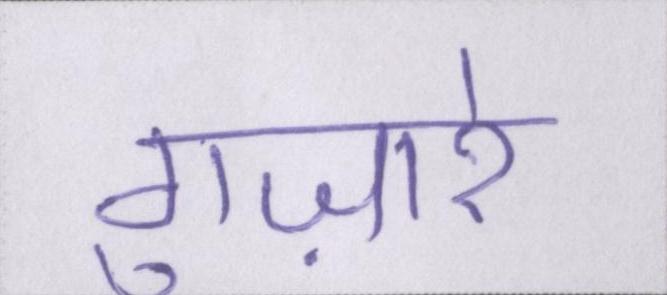
गुज़ारे